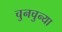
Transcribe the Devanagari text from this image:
चुनचुन्या